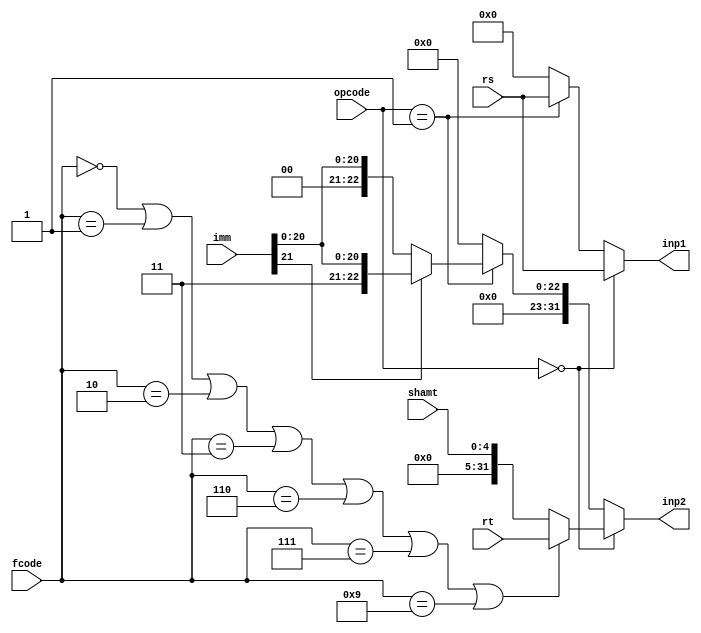
`timescale 1ns / 1ps
//Assign Inputs for the ALU
//16CS10058 Lovish Chopra
//16CS10057 Himanshu Mundhra

module assignInputs(
		input [31:0] rs,
		input [31:0] rt,
		input [4:0] shamt,
		input [21:0] imm,
		input [2:0] opcode,
		input [3:0] fcode,
		output reg [31:0] inp1,
		output reg [31:0] inp2
    );

always @(*)
	begin
		if(opcode==3'b0)
			begin     //for various arithmetic and shift operations involving 2 reg 
				if(fcode==4'd0 | fcode==4'd1 | fcode==4'd2 | fcode==4'd3 | fcode==4'd6 | fcode==4'd7 | fcode==4'd9)
					begin
					inp1<=rs;
					inp2<=rt;
					end
				else   //involving 1 reg and shamt
					begin
					inp1<=rs;
					inp2<={27'b0,shamt};
					end
			end
		else if(opcode==3'd1)     //immediate operations
			begin
				inp1<=rs;
				if(imm[21]==1'b1)
					inp2<={10'b1,imm};
				else inp2<={10'b0,imm};
			end
		else                 //Otherwise not a work of ALU
			begin
				inp1<=0;
				inp2<=0;
			end
	end

endmodule